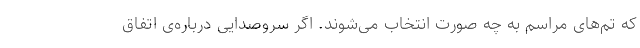
که تم‌های مراسم به چه صورت انتخاب می‌شوند. اگر سروصدایی درباره‌ی اتفاق